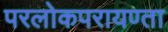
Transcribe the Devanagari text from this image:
परलोकपरायण्ता